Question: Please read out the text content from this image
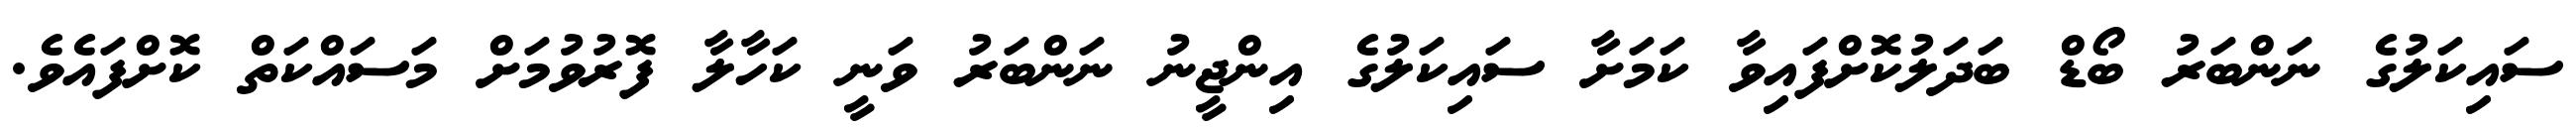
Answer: ސައިކަލުގެ ނަންބަރު ބޯޑް ބަދަލުކޮށްފައިވާ ކަމަށާ ސައިކަލުގެ އިންޖީނު ނަންބަރު ވަނީ ކަހާލާ ފޮރުވުމަށް މަސައްކަތް ކޮށްފައެވެ.